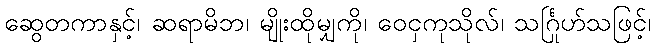
ဆွေတကာနှင့်၊ ဆရာမိဘ၊ မျိုးထိုမျှကို၊ ဝေငှကုသိုလ်၊ သင်္ဂြုဟ်သဖြင့်၊